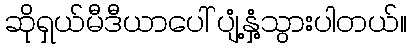
ဆိုရှယ်မီဒီယာပေါ် ပျံ့နှံ့သွားပါတယ်။